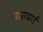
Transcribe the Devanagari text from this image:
पासवार्ड